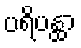
ပရိပန္ထာ